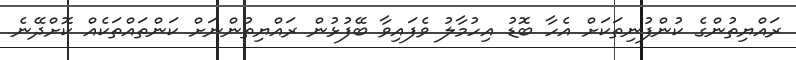
ރައްޔިތުންގެ ކުންފުނިތަކަށް އެހާ ބޮޑު އިހުމާލު ވެފައިވާ ބޭފުޅުން ރައްޔިތުންނަށް ކަންތައްތަކެއް ކޮށްދޭނެ